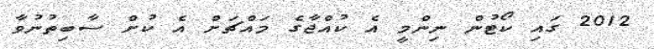
2012 ގައި ކޯޓުން ނިންމީ އެ ކުއްޖާގެ މައްޗަށް އެ ކުށް ސާބިތުނުވާ